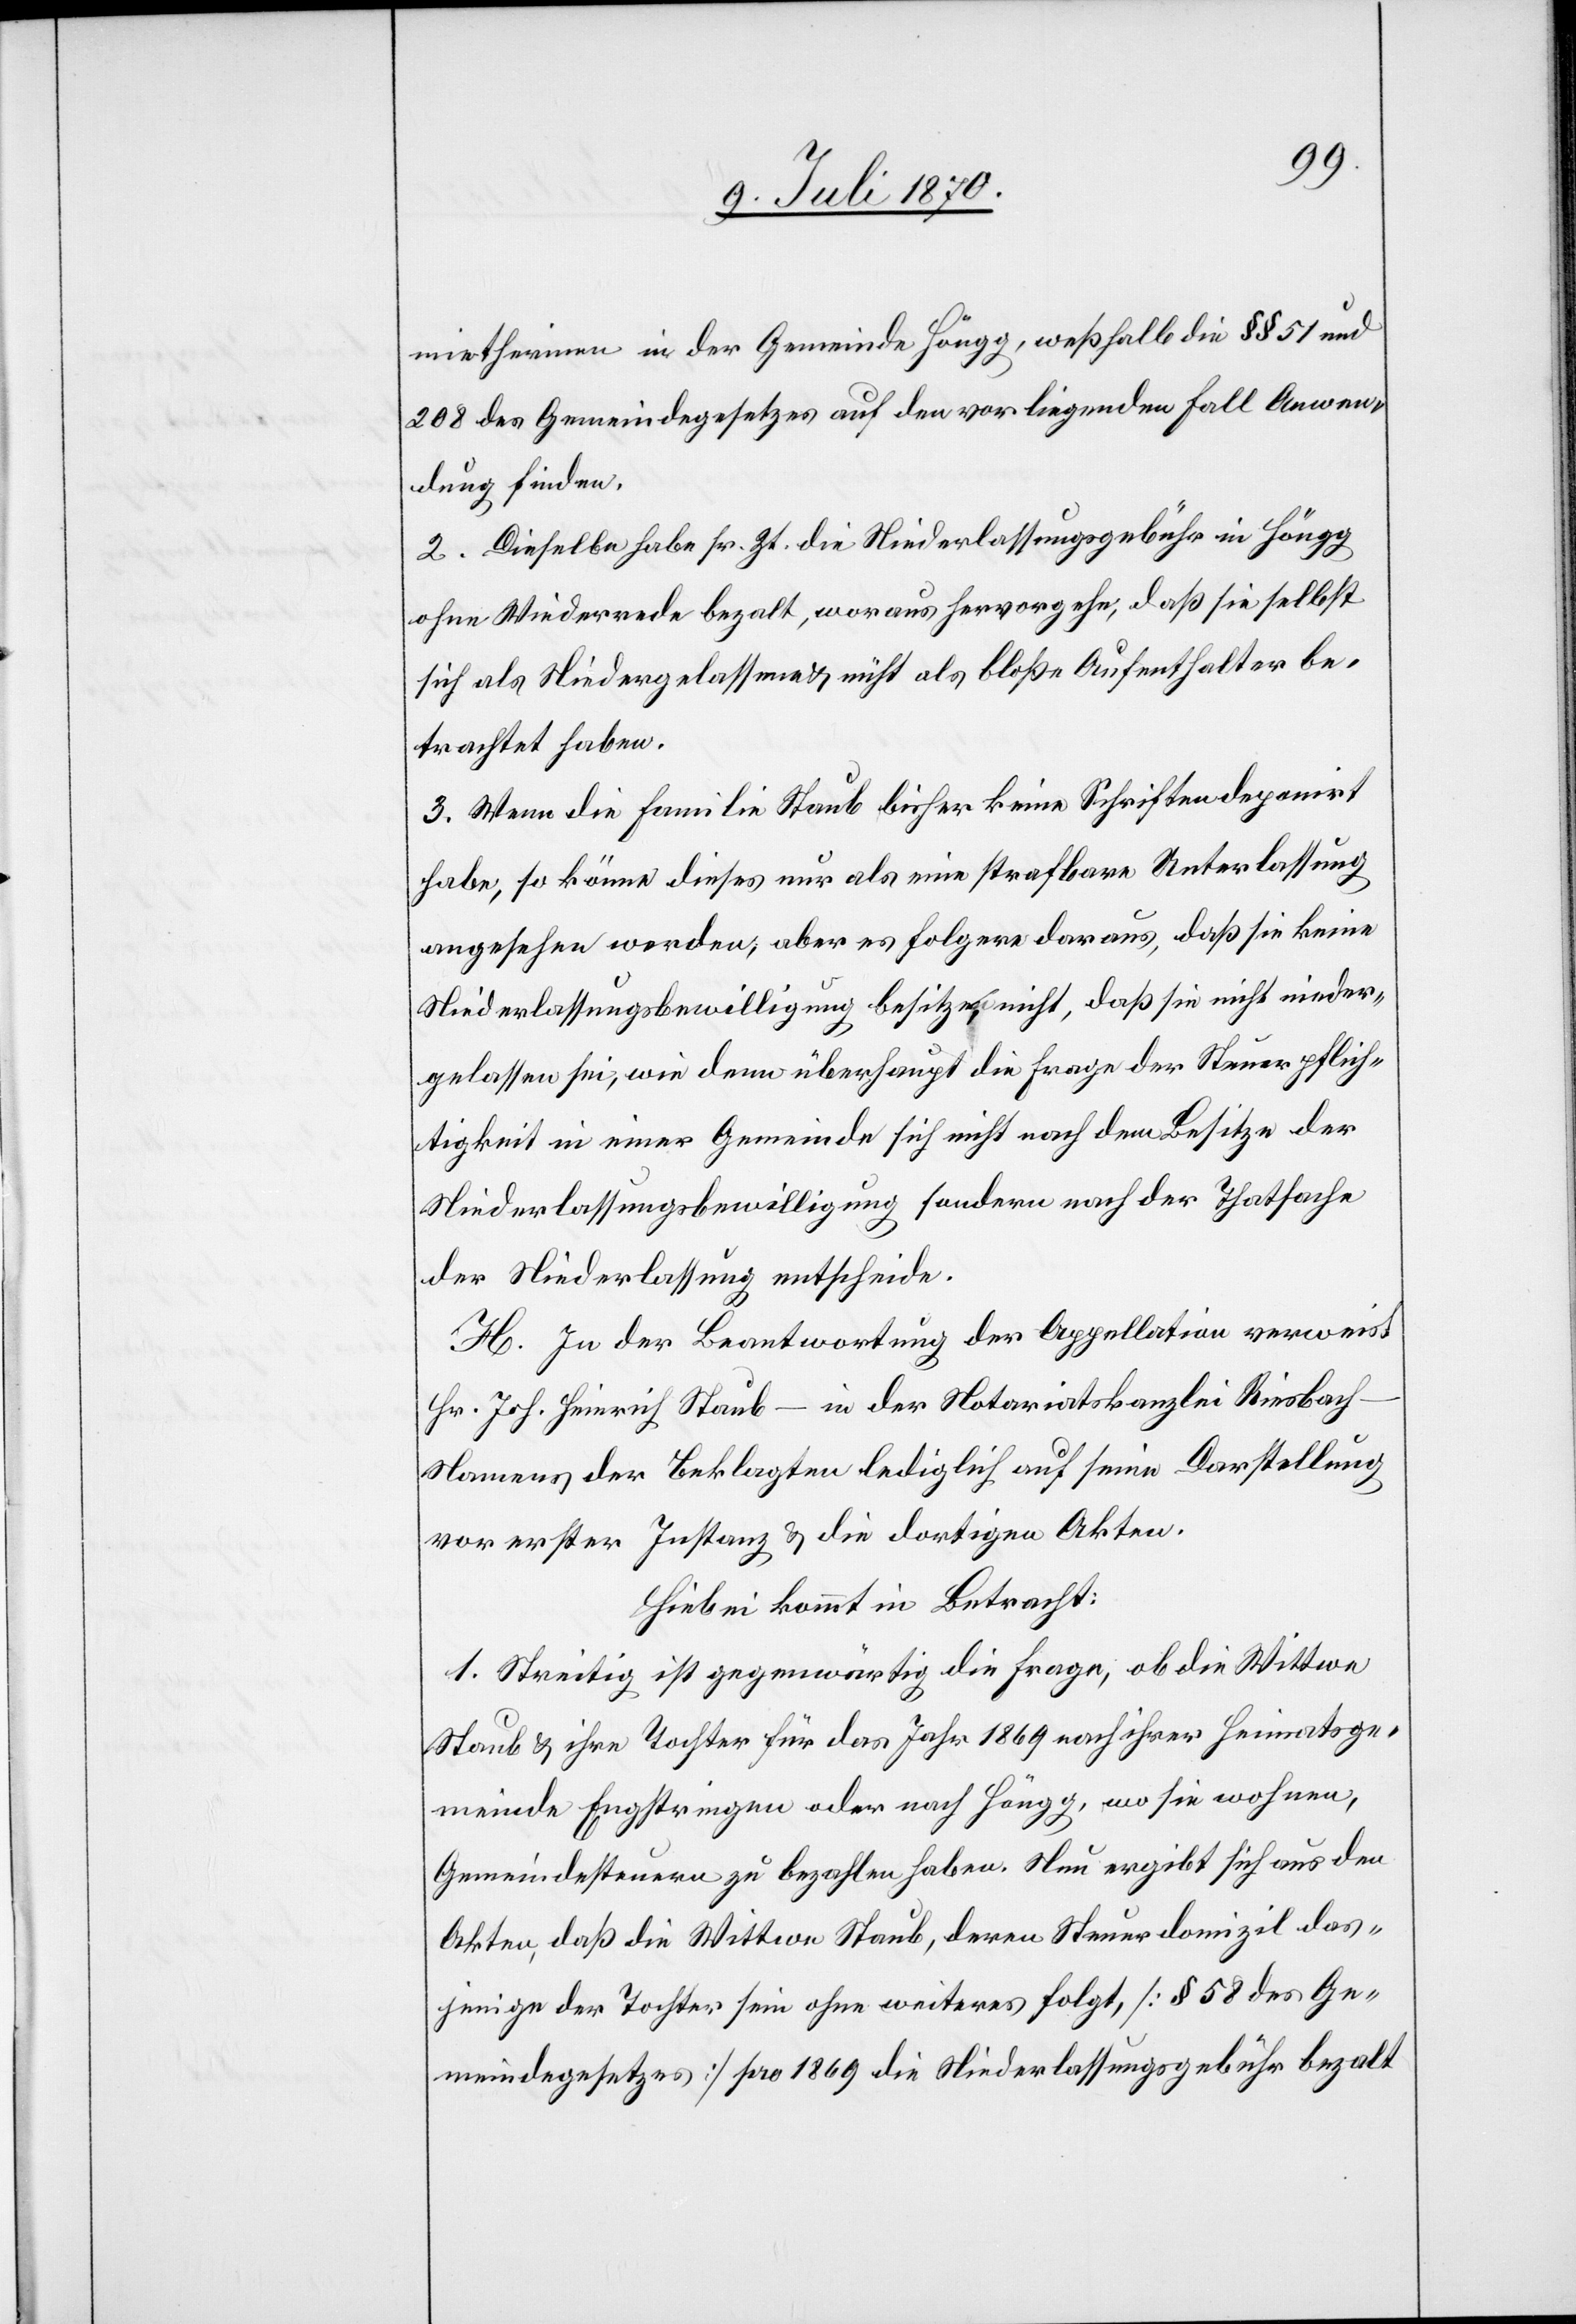
mietherinnen [sic!] in der Gemeinde Höngg, weßhalb die §§ 51 und
208 des Gemeindegesetzes auf den vorliegenden Fall Anwen¬
dung finden.
2. Dieselbe habe sr. Zt. die Niederlassungsgebühr in Höngg
ohne Widerrede beza[h]lt, woraus hervorgehe, daß sie selbst
sich als Niedergelassene & nicht als bloße Aufenthalter be¬
trachtet haben.
3. Wenn die Familie Staub bisher keine Schriften deponirt
habe, so könne dieses nur als eine strafbare Unterlassung
angesehen werden, aber es folgere daraus, daß sie keine
Niederlassungsbewilligung besitze, nicht, daß sie nicht nieder¬
gelassen sei, wie denn überhaupt die Frage der Steuerpflich¬
tigkeit in einer Gemeinde sich nicht nach dem Besitze der
Niederlassungsbewilligung sondern nach der Thatsache
der Niederlassung entscheide.
H. In der Beantwortung der Appellation verweist
Hr. Joh. Heinrich Staub – in der Notariatskanzlei Riesbach
Namens der Beklagten lediglich auf seine Darstellung
vor erster Instanz & die dortigen Akten.
Hiebei kommt in Betracht:
1. Streitig ist gegenwärtig die Frage, ob die Wittwe
Staub & ihre Tochter für das Jahr 1869 nach ihrer Heimatsge¬
meinde Engstringen oder nach Höngg, wo sie wohnen,
Gemeindesteuern zu bezahlen haben. Nun ergibt sich aus den
Akten, daß die Wittwe Staub, deren Steuerdomizil das¬
jenige der Tochter sein [sic!] ohne weiteres folgt, [§ 58 des Ge¬
meindegesetzes] pro 1869 die Niederlassungsgebühr bezahlt